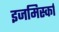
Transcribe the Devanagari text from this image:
इजमिर्स्का